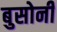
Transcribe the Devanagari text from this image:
बुसोनी